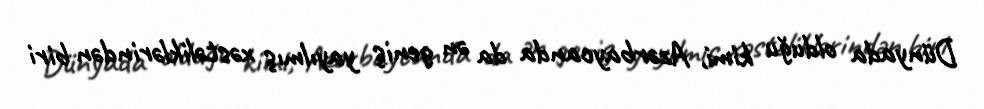
Dünyada olduğu kimi, Azərbaycanda da ən geniş yayılmış xəstəliklərindən biri